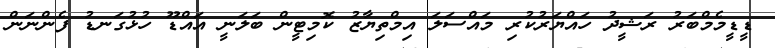
ޑީޑީމެމްބަރު ރަޝީދު ހައްޔަރުކުރި މައްސަލަ އިމްތިޔާޒު ކޮމިޓީން ބަލަނީ އައްޑޫ ހުޅުގަނޑު ފެންނަން